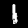
Label: 1